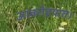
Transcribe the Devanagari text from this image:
आवरोहपात।